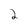
Character: 2